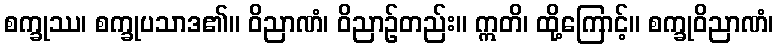
စက္ခုဿ၊ စက္ခုပသာဒ၏။ ဝိညာဏံ၊ ဝိညာဉ်တည်း။ ဣတိ၊ ထို့ကြောင့်။ စက္ခုဝိညာဏံ၊